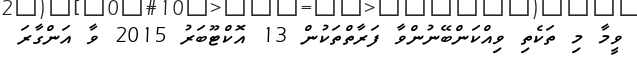
ވީމާ މި ތަކެތި ވިއްކަންބޭނުންވާ ފަރާތްތަކުން 13 އޮކްޓޫބަރު 2015 ވާ އަންގާރަ